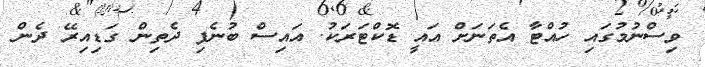
ވިސްނުމުގައި ހުއްޓާ އެތަނަށް އައީ ޑޮކްޓަރަކު. އައިސް ބުނެފި ދެތިން ގަޑިއިރޭ ދެން